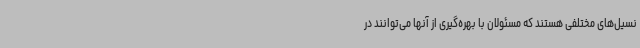
نسیل‌های مختلفی هستند که مسئولان با بهره‌گیری از آنها می‌توانند در